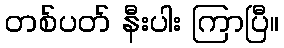
တစ်ပတ် နီးပါး ကြာပြီ။